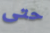
حتى